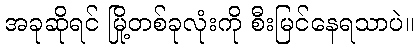
အခုဆိုရင် မြို့တစ်ခုလုံးကို စီးမြင်နေရသာပဲ။